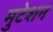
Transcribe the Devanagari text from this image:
मुटेशन